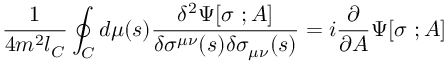
{ \frac { 1 } { 4 m ^ { 2 } l _ { C } } } \oint _ { C } d \mu ( s ) { \frac { \delta ^ { 2 } \Psi [ \sigma \ ; A ] } { \delta \sigma ^ { \mu \nu } ( s ) \delta \sigma _ { \mu \nu } ( s ) } } = i { \frac { \partial } { \partial A } } \Psi [ \sigma \ ; A ]